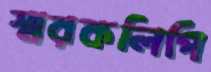
স্মরকলিপি